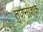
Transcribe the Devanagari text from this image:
तणनाशके